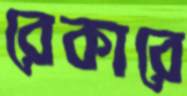
রেকারে